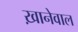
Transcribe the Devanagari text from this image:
ख़ानेवाल